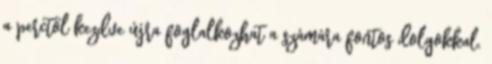
a perctől kezdve újra foglalkozhat a számára fontos dolgokkal.